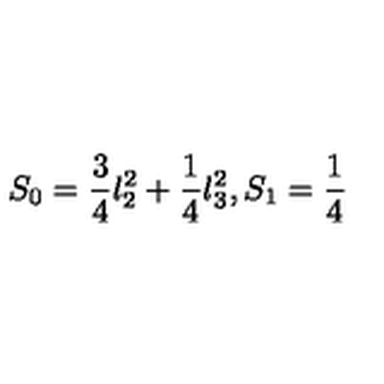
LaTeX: S _ { 0 } = \frac { 3 } { 4 } l _ { 2 } ^ { 2 } + \frac { 1 } { 4 } l _ { 3 } ^ { 2 } , S _ { 1 } = \frac { 1 } { 4 }